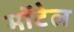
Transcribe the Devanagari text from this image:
मॉटेल